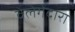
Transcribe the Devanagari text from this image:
वेलेगेदारा